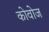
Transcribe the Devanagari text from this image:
कोवोज